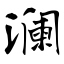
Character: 澜